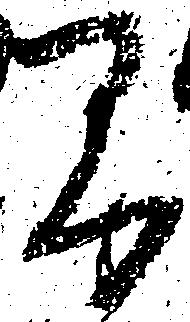
間